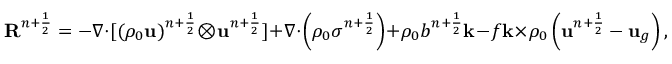
\mathbf { R } ^ { n + \frac { 1 } { 2 } } = - \nabla \cdot [ ( \rho _ { 0 } \mathbf { u } ) ^ { n + \frac { 1 } { 2 } } \otimes \mathbf { u } ^ { n + \frac { 1 } { 2 } } ] + \nabla \cdot \left( \rho _ { 0 } \sigma ^ { n + \frac { 1 } { 2 } } \right) + \rho _ { 0 } b ^ { n + \frac { 1 } { 2 } } \mathbf { k } - f \mathbf { k } \times \rho _ { 0 } \left( \mathbf { u } ^ { n + \frac { 1 } { 2 } } - \mathbf { u } _ { g } \right) ,